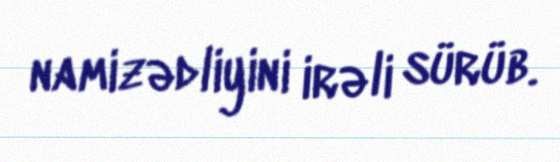
namizədliyini irəli sürüb.